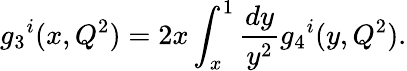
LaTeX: {g_{3}}^{i}(x,Q^{2})=2x\int_{x}^{1}\frac{dy}{y^{2}}{g_{4}}^{i}(y,Q^{2}).